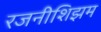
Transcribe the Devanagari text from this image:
रजनीशिझम